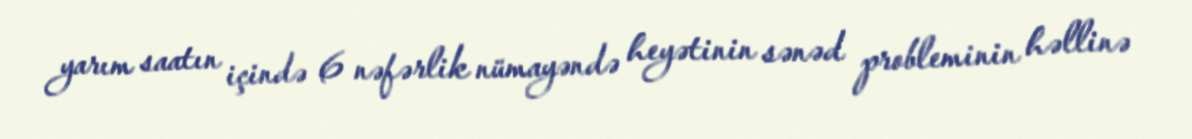
yarım saatın içində 6 nəfərlik nümayəndə heyətinin sənəd probleminin həllinə